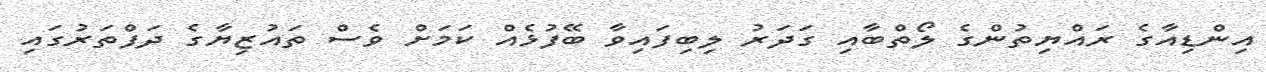
އިންޑިއާގެ ރައްޔިތުންގެ ލޯތްބާއި ގަދަރު ލިބިފައިވާ ބޭފުޅެއް ކަމަށް ވެސް ތައުޒިޔާގެ ދަފްތަރުގައި